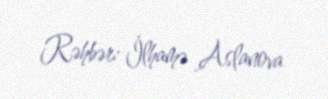
Rəhbər: İlhamə Aslanova